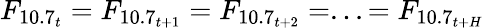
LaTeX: F_{10.7_{t}}=F_{10.7_{t+1}}=F_{10.7_{t+2}}=...=F_{10.7_{t+H}}